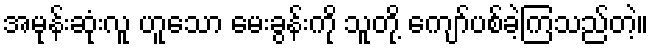
အမုန်းဆုံးလူ ဟူသော မေးခွန်းကို သူတို့ ကျော်ပစ်ခဲ့ကြသည်တဲ့။